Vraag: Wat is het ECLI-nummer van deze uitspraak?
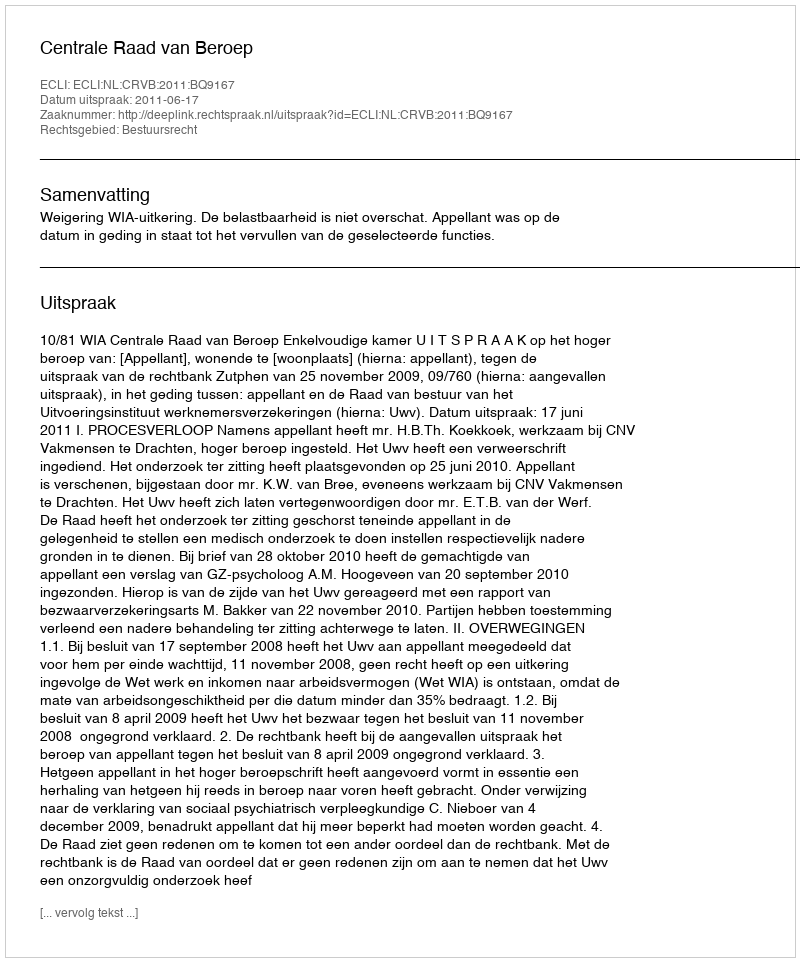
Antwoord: ECLI:NL:CRVB:2011:BQ9167